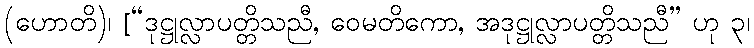
(ဟောတိ)၊ [“ဒုဋ္ဌုလ္လာပတ္တိသညီ, ဝေမတိကော, အဒုဋ္ဌုလ္လာပတ္တိသညီ” ဟု ၃၊